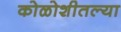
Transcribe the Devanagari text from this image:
कोळोशीतल्या